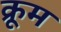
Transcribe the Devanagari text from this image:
क्रूम